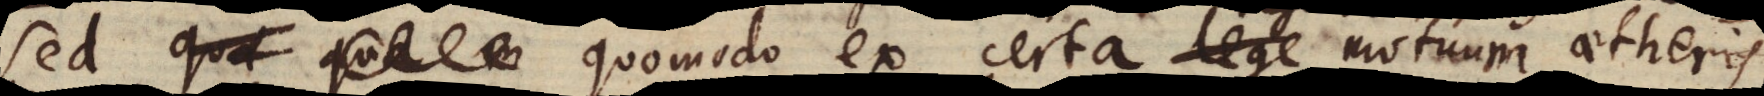
Sed quomodo ex certa lege regula motuum aetheris